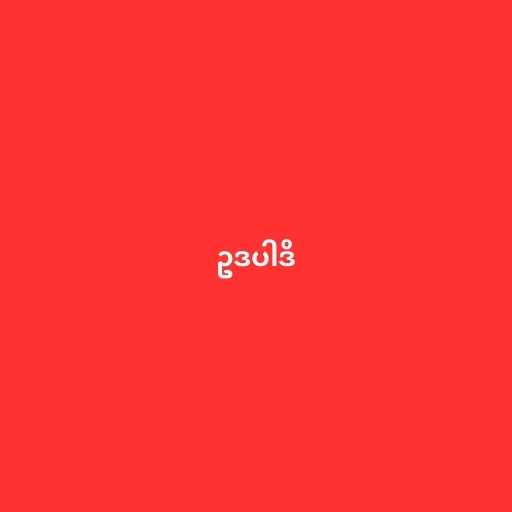
ဥဒပါဒိ